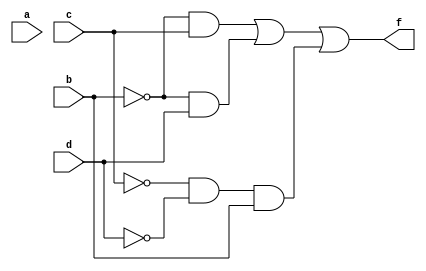
module lab21b(a,b,c,d,f);
input a,b,c,d;
output f;
assign f =  (~b)&c | (~b)&d | ((~c)&(~d)&b);
endmodule